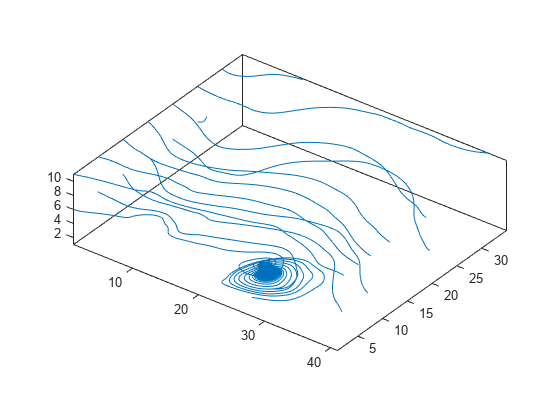
matlab, meshgrid, streamline